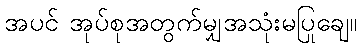
အပင် အုပ်စုအတွက်မျှအသုံးမပြုချေ။